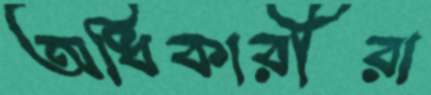
অধিকারীরা